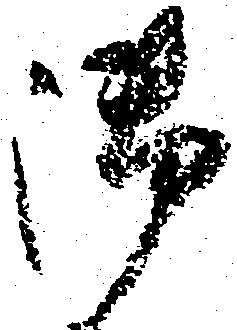
御